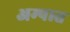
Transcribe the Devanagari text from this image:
अम्पात